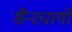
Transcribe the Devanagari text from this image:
सैन्ट्यागो